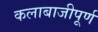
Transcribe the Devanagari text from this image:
कलाबाजीपूर्ण